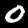
Label: 0